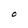
Character: O